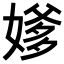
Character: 𪦕